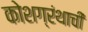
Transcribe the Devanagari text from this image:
कोशग्रंथाची